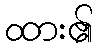
ထား၏